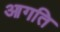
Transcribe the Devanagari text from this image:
आगति